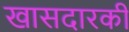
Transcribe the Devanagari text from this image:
खासदारकी